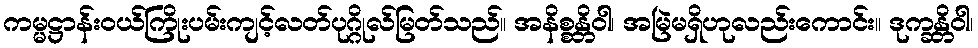
ကမ္မဋ္ဌာန်းဝယ်ကြိုးပမ်းကျင့်လတ်ပုဂ္ဂိုလ်မြတ်သည်။ အနိစ္စန္တိဝါ၊ အမြဲမရှိဟုလည်းကောင်း။ ဒုက္ခန္တိဝါ၊